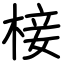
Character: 椄